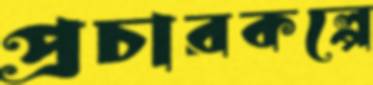
প্রচারকল্পে